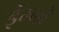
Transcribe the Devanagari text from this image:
ईम्नो